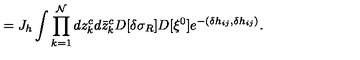
= J _ { h } \int \prod _ { k = 1 } ^ { \cal N } d z _ { k } ^ { c } d \bar { z } _ { k } ^ { c } D [ \delta \sigma _ { R } ] D [ \xi ^ { 0 } ] e ^ { - ( \delta h _ { i j } , \delta h _ { i j } ) } .